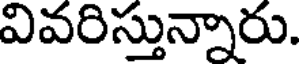
వివరిస్తున్నారు.